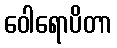
ဝေါရောပိတာ